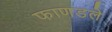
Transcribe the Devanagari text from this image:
फाणडले